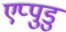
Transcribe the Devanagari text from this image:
एप्पुडु